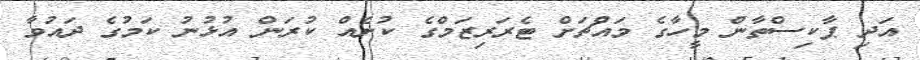
އަދި ޕާކިސްތާން މީހާގެ މައްޗަށް ޓެރަރިޒަމްގެ ކުށެއް ކުރަން އުޅުނު ކަމުގެ ދައުވާ